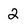
Character: 2